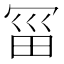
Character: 𰃱